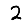
Digit: 2